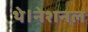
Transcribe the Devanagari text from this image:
थे।नेशनल